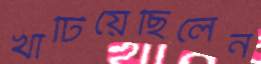
খাটিয়েছিলেন